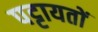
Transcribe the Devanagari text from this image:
पट्टायतों